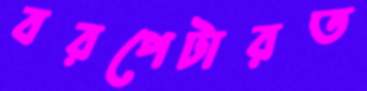
বরপেটারত